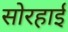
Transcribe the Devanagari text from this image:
सोरहाई